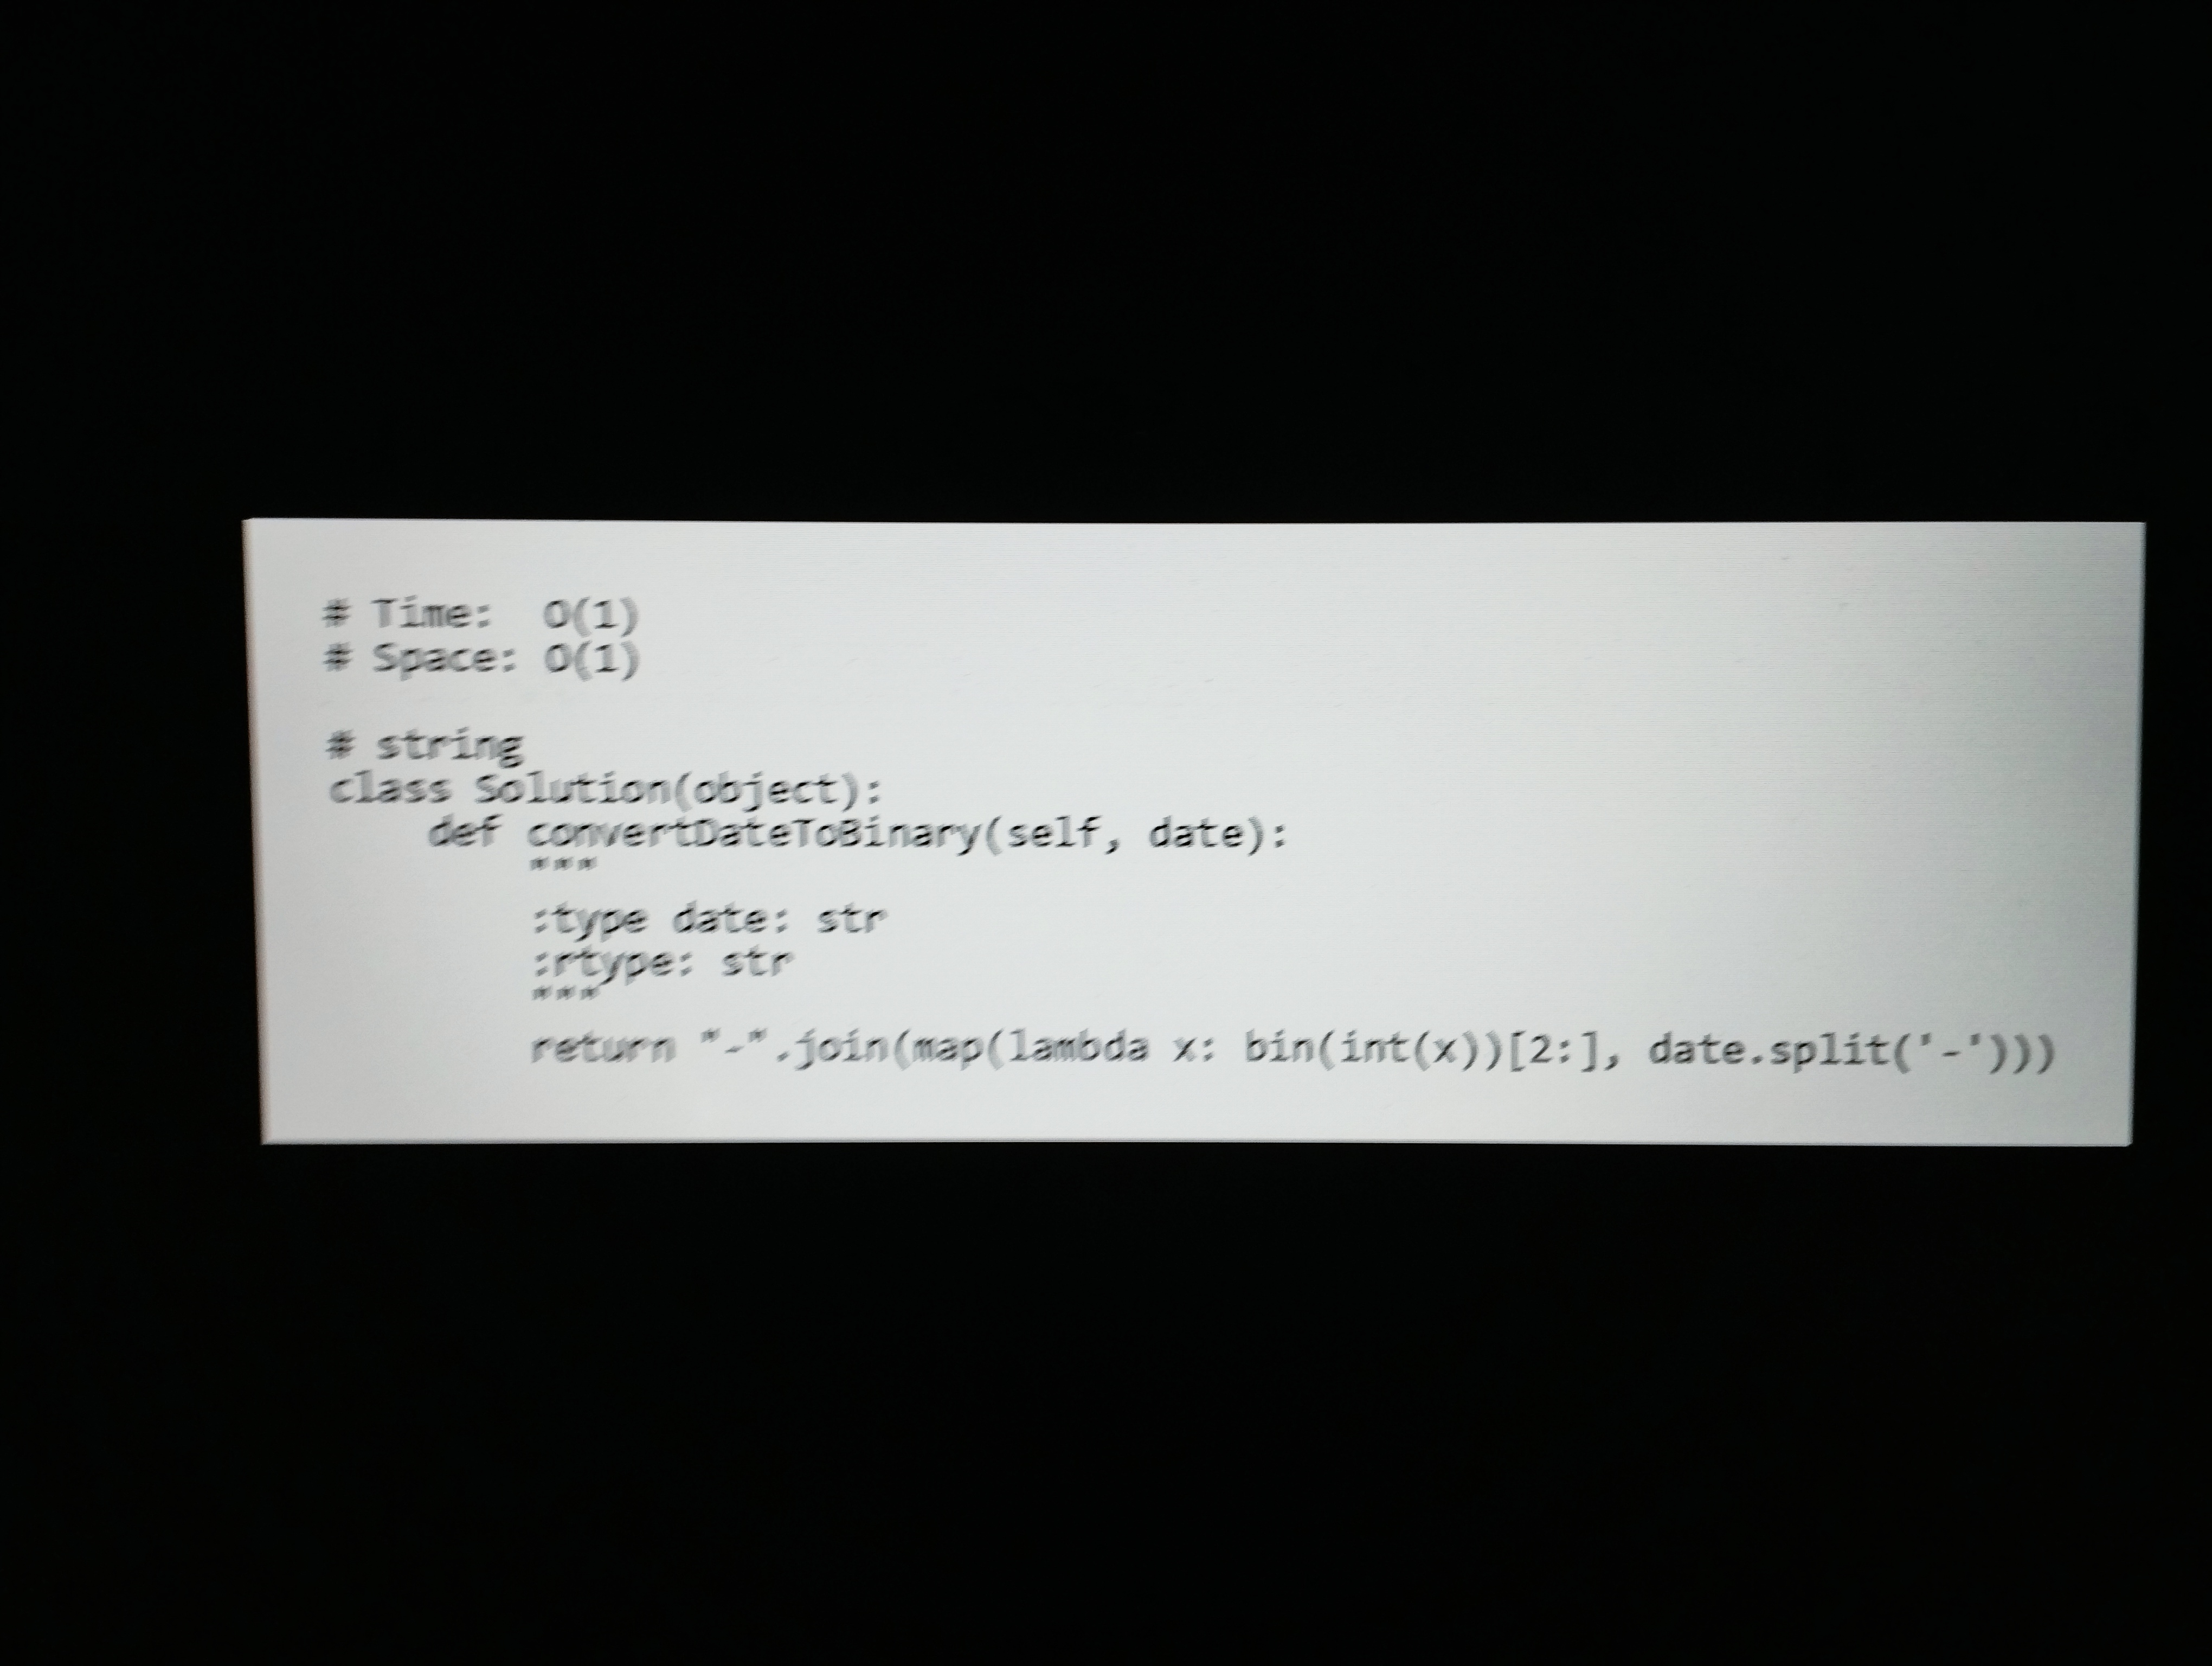
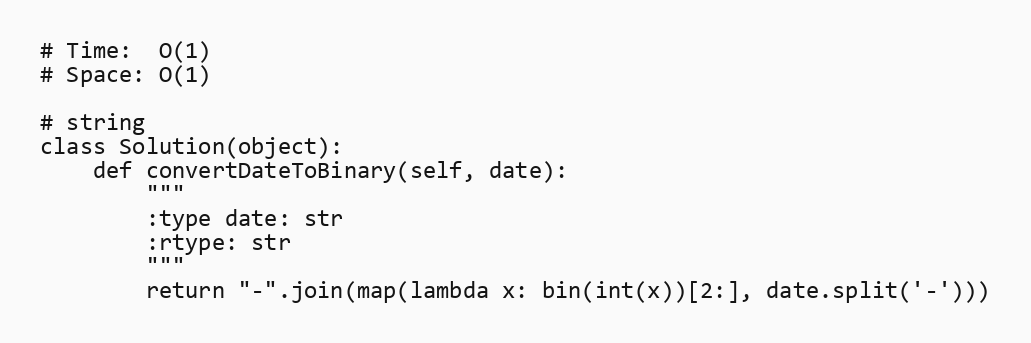
# Time:  O(1)
# Space: O(1)

# string
class Solution(object):
    def convertDateToBinary(self, date):
        """
        :type date: str
        :rtype: str
        """
        return "-".join(map(lambda x: bin(int(x))[2:], date.split('-')))